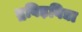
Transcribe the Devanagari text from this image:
द्रविड़विद्या